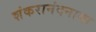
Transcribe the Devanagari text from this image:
शंकरानंदनाथा